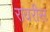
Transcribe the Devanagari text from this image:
रायरीस